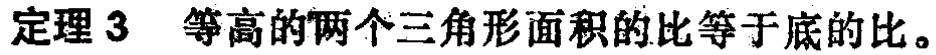
定理 3 等高的两个三角形面积的比等于底的比。